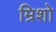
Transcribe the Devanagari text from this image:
म्रिशो